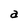
Character: a